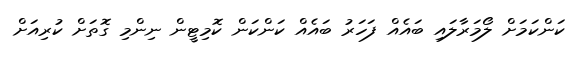
ކަންކަމަށް ލޯމަރާލައި ބައެއް ފަހަރު ބައެއް ކަންކަން ކޮމިޓީން ނިންމި ގޮތަށް ކުރިއަށް